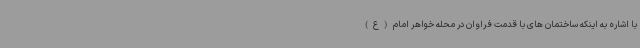
با اشاره به اینکه ساختمان های با قدمت فراوان در محله خواهر امام(ع)